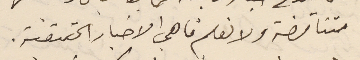
متناقضة ولا نعلم ما هي الاخبار الحقيقية.